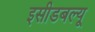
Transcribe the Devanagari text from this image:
इसीडबल्यू